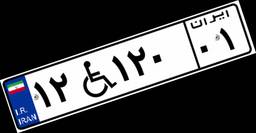
۰۵W۲۳۳۴۶